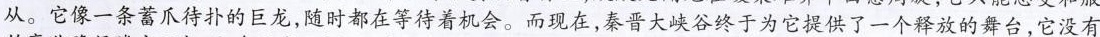
从。它像一条蓄爪待扑的巨龙，随时都在等待着机会。而现在，秦晋大峡谷终于为它提供了一个释放的舞台，它没有